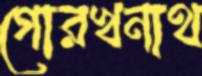
গোরখনাথ